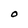
Character: O